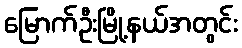
မြောက်ဦးမြို့နယ်အတွင်း